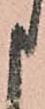
申